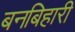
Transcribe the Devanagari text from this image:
बनबिहारी